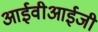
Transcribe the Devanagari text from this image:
आईवीआईजी